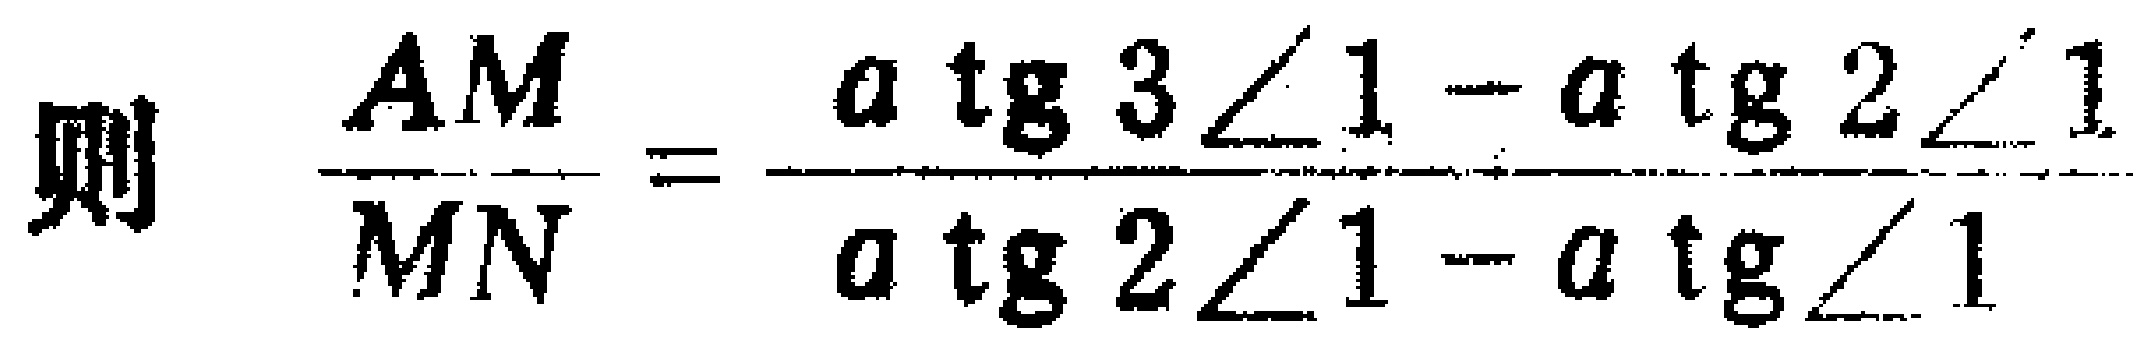
则\(\frac{AM}{MN}=\frac{a\operatorname{tg}3\angle1 - a\operatorname{tg}2\angle1}{a\operatorname{tg}2\angle1 - a\operatorname{tg}\angle1}\)